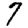
Digit: 7